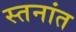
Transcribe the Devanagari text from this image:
स्तनांत